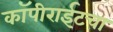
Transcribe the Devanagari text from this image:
कॉपीराईटचा